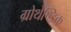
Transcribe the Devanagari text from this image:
ग्रोथेण्डिक